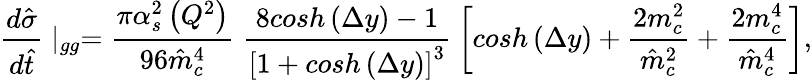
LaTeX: \frac{d\hat{\sigma}}{d\hat{t}}\mid_{gg}=\frac{\pi\alpha_{s}^{2}\left(Q^{2}\right)}{96\hat{m}_{c}^{4}}\; \frac{8cosh\left(\Delta y\right)-1}{\left[1+cosh\left(\Delta y\right)\right]^{3}}\: \left[cosh\left(\Delta y\right)+\frac{2m_{c}^{2}}{\hat{m}_{c}^{2}}+\frac{2m_{c}^{4}}{\hat{m}_{c}^{4}}\right],